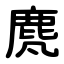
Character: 䴟